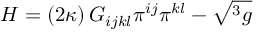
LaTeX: { \cal H } = \left( 2 \kappa \right) G _ { i j k l } \pi ^ { i j } \pi ^ { k l } - \sqrt { ^ { 3 } g }